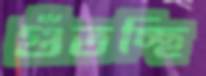
গুঁতচ্ছি